Report on vaccination in Madras 1877-1894 - 1877-1894
Year: 1877
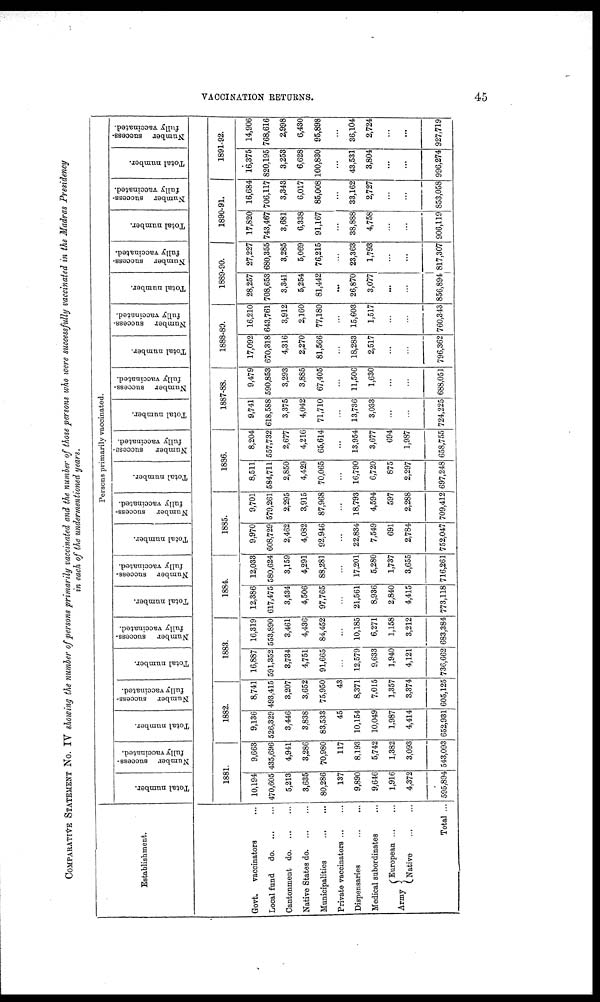
VACCINATION RETURNS.
45
COMPARATIVE STATEMENT No. IV showing the number of persons primarily vaccinated and the number of those persons who were successfully vaccinated in the Madras Presidency
in each of the undermentioned years.
Establishment.
Govt. vaccinators ...
Local fund
d
o
. ... ...
Cantonment d
o
. ... ...
Native States d
o
. ... ...
Municipalities
...
...
Private vaccinators ... ...
Dispensaries
...
...
Medical subordinates ...
Army
European ... ...
Native
...
...
Total ...
Persons primarily vaccinated.
Total number.
Number success-
fully vaccinated.
Total number.
Number success-
fully vaccinated.
Total number.
Number success-
fully vaccinated.
Total number.
Number success-
fully vaccinated.
Total number.
Number success-
fully vaccinated.
Total number.
Number success-
fully vaccinated.
Total number.
Number success-
fully vaccinated.
Total number.
Number success-
fully vaccinated.
Total number.
Number success-
fully vaccinated.
Total number.
Number success-
fully vaccinated.
Total number.
Number success-
fully vaccinated.
1881.
10,194
470,605
5,213
3,635
80,286
137
9,890
9,646
1,916
4,372
595,894
9,663
435,696
4,941
3,286
70,980
117
8,193
5,742
1,382
3,093
543,093
1882.
9,136
526,329
3,446
3,838
83,533
45
10,154
10,049
1,987
4,414
652,931
8,741
493,415
3,207
3,652
75,950
43
8,371
7,015
1,357
3,374
605,125
1883.
16,887
591,352
3,734
4,751
91,665
...
12,579
9,633
1,940
4,121
736,662
16,319
553,890
3,461
4,436
84,452
...
10,185
6,271
1,158
3,212
683,384
1884.
12,386
617,475
3,434
4,506
97,765
...
21,561
8,936
2,840
4,415
773,118
12,033
580,624
3,159
4,291
88,281
...
17,201
5,280
1,737
3,655
716,261
1885.
9,970
608,729
2,462
4,082
92,946
...
22,834
7,549
691
2,784
752,047
9,701
579,261
2,295
3,915
87,968
...
18,793
4,594
597
2,288
709,412
1886.
8,511
584,711
2,850
4,429
70,065
...
16,790
6,720
875
2,297
697,248
8,204
557,732
2,677
4,216
65,614
...
13,954
3,677
694
1,987
658,755
1887-88.
9,741
618,588
3,375
4,042
71,710
...
13,736
3,033
...
...
724,225
9,479
590,853
3,293
3,885
67,405
...
11,506
1,630
...
...
688,051
1888-89.
17,092
670,318
4,316
2,270
81,566
...
18,283
2,517
...
...
796,362
16,210
643,761
3,912
2,160
77,180
...
15,603
1,517
...
...
760,343
1889-90.
28,257
708,653
3,341
5,254
81,442
...
26,870
3,077
...
...
856,894
27,227
680,355
3,285
5,069
76,215
...
23,363
1,793
...
...
817,307
1890-91.
17,820
743,467
3,681
6,338
91,167
...
38,888
4,758
...
...
906,119
16,684
706,117
3,343
6,017
85,008
...
33,162
2,727
...
...
853,058
1891-92.
16,375
820,195
3,253
6,628
100,830
...
43,531
3,804
...
...
996,274
14,906
768,616
2,998
6,430
95,898
...
36,104
2,724
...
...
927,719